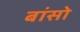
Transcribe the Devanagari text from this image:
बांसो